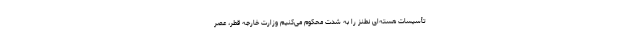
تأسیسات هسته‌ای نطنز را به شدت محکوم می‌کنیم وزارت خارجه قطر، عصر